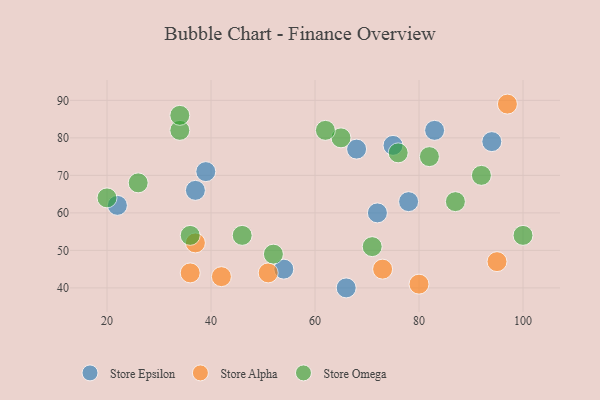
{"axis": {"x": "GDP", "y": "Life Expectancy"}, "legend": ["Store Alpha", "Store Epsilon", "Store Omega"], "data": [{"x": "66", "y": 40, "type": "Store Epsilon"}, {"x": "78", "y": 63, "type": "Store Epsilon"}, {"x": "72", "y": 60, "type": "Store Epsilon"}, {"x": "68", "y": 77, "type": "Store Epsilon"}, {"x": "22", "y": 62, "type": "Store Epsilon"}, {"x": "39", "y": 71, "type": "Store Epsilon"}, {"x": "83", "y": 82, "type": "Store Epsilon"}, {"x": "54", "y": 45, "type": "Store Epsilon"}, {"x": "94", "y": 79, "type": "Store Epsilon"}, {"x": "75", "y": 78, "type": "Store Epsilon"}, {"x": "37", "y": 66, "type": "Store Epsilon"}, {"x": "37", "y": 52, "type": "Store Alpha"}, {"x": "97", "y": 89, "type": "Store Alpha"}, {"x": "73", "y": 45, "type": "Store Alpha"}, {"x": "95", "y": 47, "type": "Store Alpha"}, {"x": "51", "y": 44, "type": "Store Alpha"}, {"x": "80", "y": 41, "type": "Store Alpha"}, {"x": "36", "y": 44, "type": "Store Alpha"}, {"x": "42", "y": 43, "type": "Store Alpha"}, {"x": "65", "y": 80, "type": "Store Omega"}, {"x": "100", "y": 54, "type": "Store Omega"}, {"x": "34", "y": 82, "type": "Store Omega"}, {"x": "46", "y": 54, "type": "Store Omega"}, {"x": "52", "y": 49, "type": "Store Omega"}, {"x": "20", "y": 64, "type": "Store Omega"}, {"x": "36", "y": 54, "type": "Store Omega"}, {"x": "71", "y": 51, "type": "Store Omega"}, {"x": "82", "y": 75, "type": "Store Omega"}, {"x": "92", "y": 70, "type": "Store Omega"}, {"x": "26", "y": 68, "type": "Store Omega"}, {"x": "76", "y": 76, "type": "Store Omega"}, {"x": "62", "y": 82, "type": "Store Omega"}, {"x": "87", "y": 63, "type": "Store Omega"}, {"x": "34", "y": 86, "type": "Store Omega"}]}